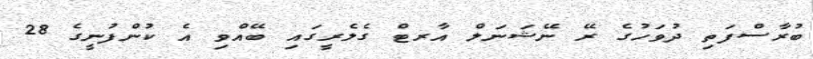
ބުރާސްފަތި ދުވަހުގެ ރޭ ނޭޝަނަލް އާރޓް ގެލެރީގައި ބޭއްވި އެ ކުންފުނީގެ 28